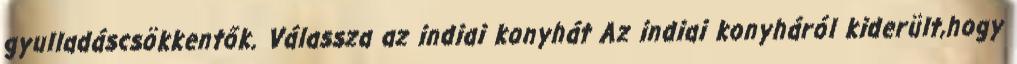
gyulladáscsökkentők. Válassza az indiai konyhát Az indiai konyháról kiderült,hogy